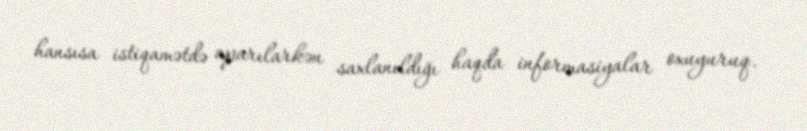
hansısa istiqamətdə aparılarkən saxlanıldığı haqda informasiyalar oxuyuruq.